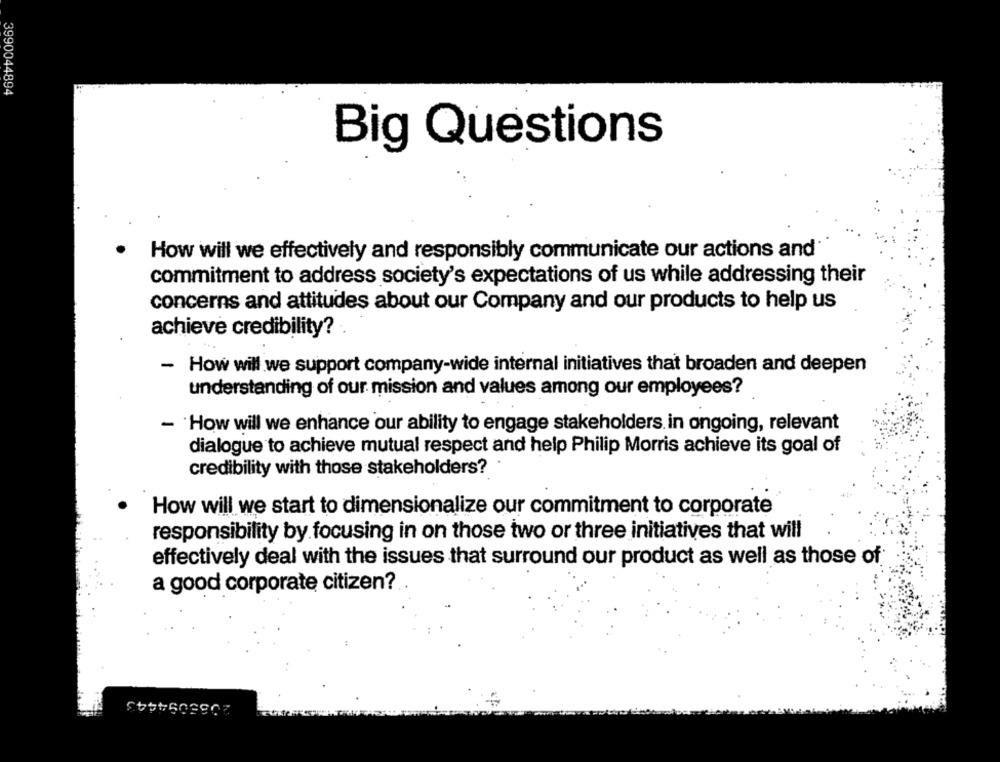
3990044894
Big Questions
How will we effectively and responsibly communicate our actions and
commitment to address society's expectations of us while addressing their
concerns and attitudes about our Company and our products to help us
achieve credibility?
- How will we support company-wide internal initiatives that broaden and deepen
understanding of our mission and values among our employees?
- How will we enhance our ability to engage stakeholders. in ongoing, relevant
dialogue to achieve mutual respect and help Philip Morris achieve its goal of
credibility with those stakeholders?
How will we start to dimensionalize our commitment to corporate
responsibility by focusing in on those two or three initiatives that will
effectively deal with the issues that surround our product as well as those of
a good corporate citizen?
2085094443